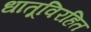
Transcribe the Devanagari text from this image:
धातूविरहित